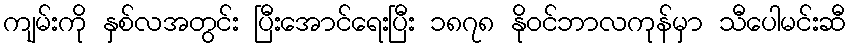
ကျမ်းကို နှစ်လအတွင်း ပြီးအောင်ရေးပြီး ၁၈၇၈ နိုဝင်ဘာလကုန်မှာ သီပေါမင်းဆီ